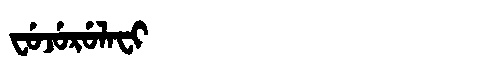
Manchu: ᠸᡠᠵᡠᡵᡠᠯᠠᠸᡳ
Romanization: FUJURULAFI